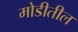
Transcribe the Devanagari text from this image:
मोडीतील